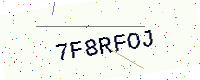
Text: 7F8RFOJ